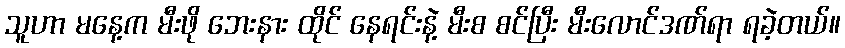
သူဟာ မနေ့က မီးဖို ဘေးနား ထိုင် နေရင်းနဲ့ မီးစ စင်ပြီး မီးလောင်ဒဏ်ရာ ရခဲ့တယ်။